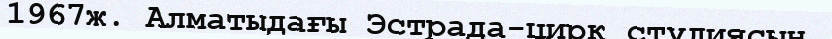
1967ж. Алматыдағы Эстрада-цирк студиясын,